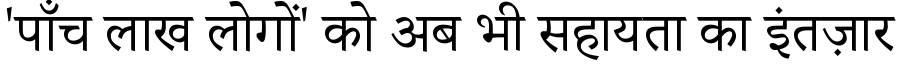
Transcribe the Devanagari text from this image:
'पाँच लाख लोगों' को अब भी सहायता का इंतज़ार